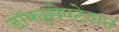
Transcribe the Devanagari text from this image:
डॉक्युमेण्टेशन